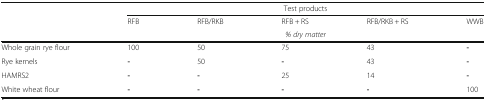
<table><thead><tr><td rowspan="3"></td><td colspan="5"><b>Test products</b></td></tr><tr><td><b>RFB</b></td><td><b>RFB/RKB</b></td><td><b>RFB + RS</b></td><td><b>RFB/RKB + RS</b></td><td><b>WWB</b></td></tr><tr><td colspan="5"><b><i>% dry matter</i></b></td></tr></thead><tbody><tr><td>Whole grain rye flour</td><td>100</td><td>50</td><td>75</td><td>43</td><td><b>-</b></td></tr><tr><td>Rye kernels</td><td><b>-</b></td><td>50</td><td><b>-</b></td><td>43</td><td><b>-</b></td></tr><tr><td>HAMRS2</td><td><b>-</b></td><td><b>-</b></td><td>25</td><td>14</td><td><b>-</b></td></tr><tr><td>White wheat flour</td><td><b>-</b></td><td><b>-</b></td><td><b>-</b></td><td><b>-</b></td><td>100</td></tr></tbody></table>